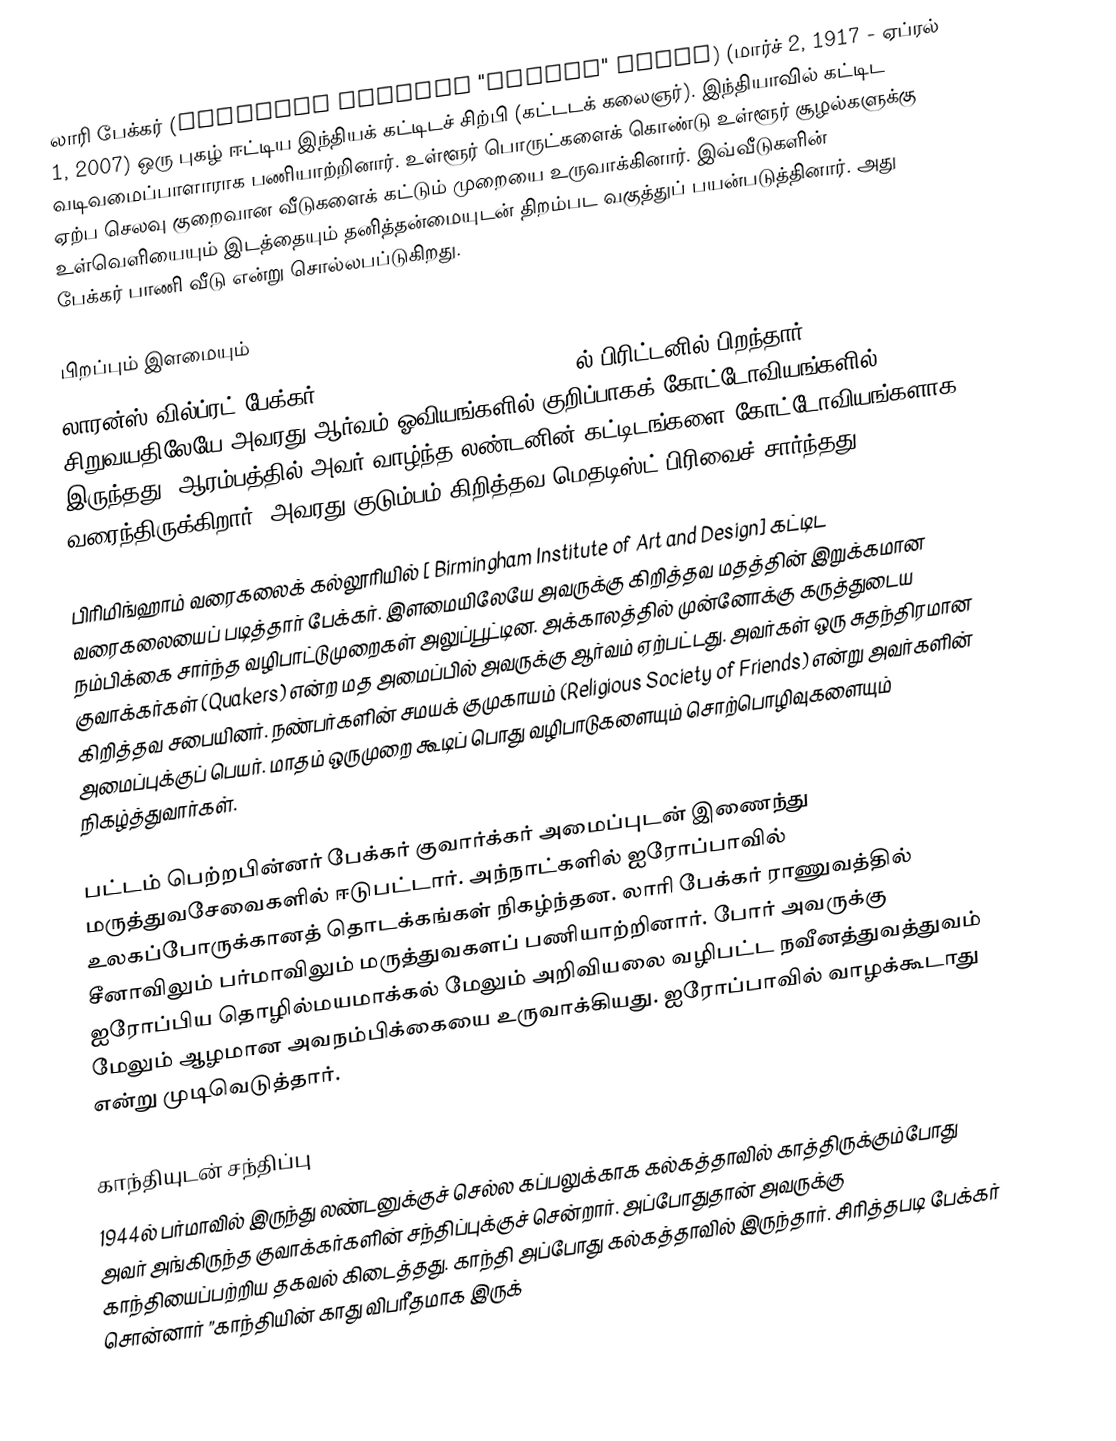
லாரி பேக்கர் (Laurence Wilfred "Laurie" Baker) (மார்ச் 2, 1917 - ஏப்ரல் 1, 2007) ஒரு புகழ் ஈட்டிய இந்தியக் கட்டிடச் சிற்பி (கட்டடக் கலைஞர்). இந்தியாவில் கட்டிட வடிவமைப்பாளாராக பணியாற்றினார். உள்ளூர் பொருட்களைக் கொண்டு உள்ளூர் சூழல்களுக்கு ஏற்ப செலவு குறைவான வீடுகளைக் கட்டும் முறையை உருவாக்கினார். இவ்வீடுகளின் உள்வெளியையும் இடத்தையும் தனித்தன்மையுடன் திறம்பட வகுத்துப் பயன்படுத்தினார்.  அது பேக்கர் பாணி வீடு என்று சொல்லபப்டுகிறது.

பிறப்பும் இளமையும்
லாரன்ஸ் வில்ப்ரட் பேக்கர் [Laurence Wilfred Baker] 1917ல் பிரிட்டனில் பிறந்தார். சிறுவயதிலேயே அவரது ஆர்வம் ஓவியங்களில் குறிப்பாகக் கோட்டோவியங்களில் இருந்தது.  ஆரம்பத்தில் அவர் வாழ்ந்த லண்டனின் கட்டிடங்களை கோட்டோவியங்களாக வரைந்திருக்கிறார். அவரது குடும்பம் கிறித்தவ மெதடிஸ்ட் பிரிவைச் சார்ந்தது.

பிரிமிங்ஹாம் வரைகலைக் கல்லூரியில் [ Birmingham Institute of Art and Design] கட்டிட வரைகலையைப் படித்தார் பேக்கர். இளமையிலேயே அவருக்கு கிறித்தவ மதத்தின் இறுக்கமான நம்பிக்கை சார்ந்த வழிபாட்டுமுறைகள் அலுப்பூட்டின. அக்காலத்தில் முன்னோக்கு கருத்துடைய குவாக்கர்கள் (Quakers) என்ற மத அமைப்பில் அவருக்கு ஆர்வம் ஏற்பட்டது. அவர்கள் ஒரு சுதந்திரமான கிறித்தவ சபையினர்.  நண்பர்களின் சமயக் குமுகாயம் (Religious Society of Friends)  என்று அவர்களின் அமைப்புக்குப் பெயர். மாதம் ஒருமுறை கூடிப் பொது வழிபாடுகளையும் சொற்பொழிவுகளையும் நிகழ்த்துவார்கள்.

பட்டம் பெற்றபின்னர் பேக்கர் குவார்க்கர் அமைப்புடன் இணைந்து மருத்துவசேவைகளில் ஈடுபட்டார். அந்நாட்களில் ஐரோப்பாவில் உலகப்போருக்கானத் தொடக்கங்கள் நிகழ்ந்தன. லாரி பேக்கர் ராணுவத்தில் சீனாவிலும் பர்மாவிலும் மருத்துவகளப் பணியாற்றினார். போர் அவருக்கு ஐரோப்பிய தொழில்மயமாக்கல் மேலும் அறிவியலை வழிபட்ட நவீனத்துவத்துவம் மேலும் ஆழமான அவநம்பிக்கையை உருவாக்கியது. ஐரோப்பாவில் வாழக்கூடாது என்று முடிவெடுத்தார்.

காந்தியுடன் சந்திப்பு
1944ல் பர்மாவில் இருந்து லண்டனுக்குச் செல்ல கப்பலுக்காக கல்கத்தாவில் காத்திருக்கும்போது அவர் அங்கிருந்த குவாக்கர்களின் சந்திப்புக்குச் சென்றார். அப்போதுதான் அவருக்கு காந்தியைப்பற்றிய தகவல் கிடைத்தது. காந்தி அப்போது கல்கத்தாவில் இருந்தார். சிரித்தபடி பேக்கர் சொன்னார் ”காந்தியின் காது விபரீதமாக இருக்